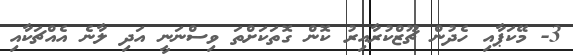
3- މޭކަޕާއި ހެދުން ޗޫޒްކުރާއިރު ކޮން ގޮތަކަށްތަ ވިސްނަނީ އަދި ލާނެ އެއްޗަކާއި